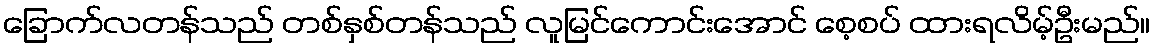
ခြောက်လတန်သည် တစ်နှစ်တန်သည် လူမြင်ကောင်းအောင် စေ့စပ် ထားရလိမ့်ဦးမည်။